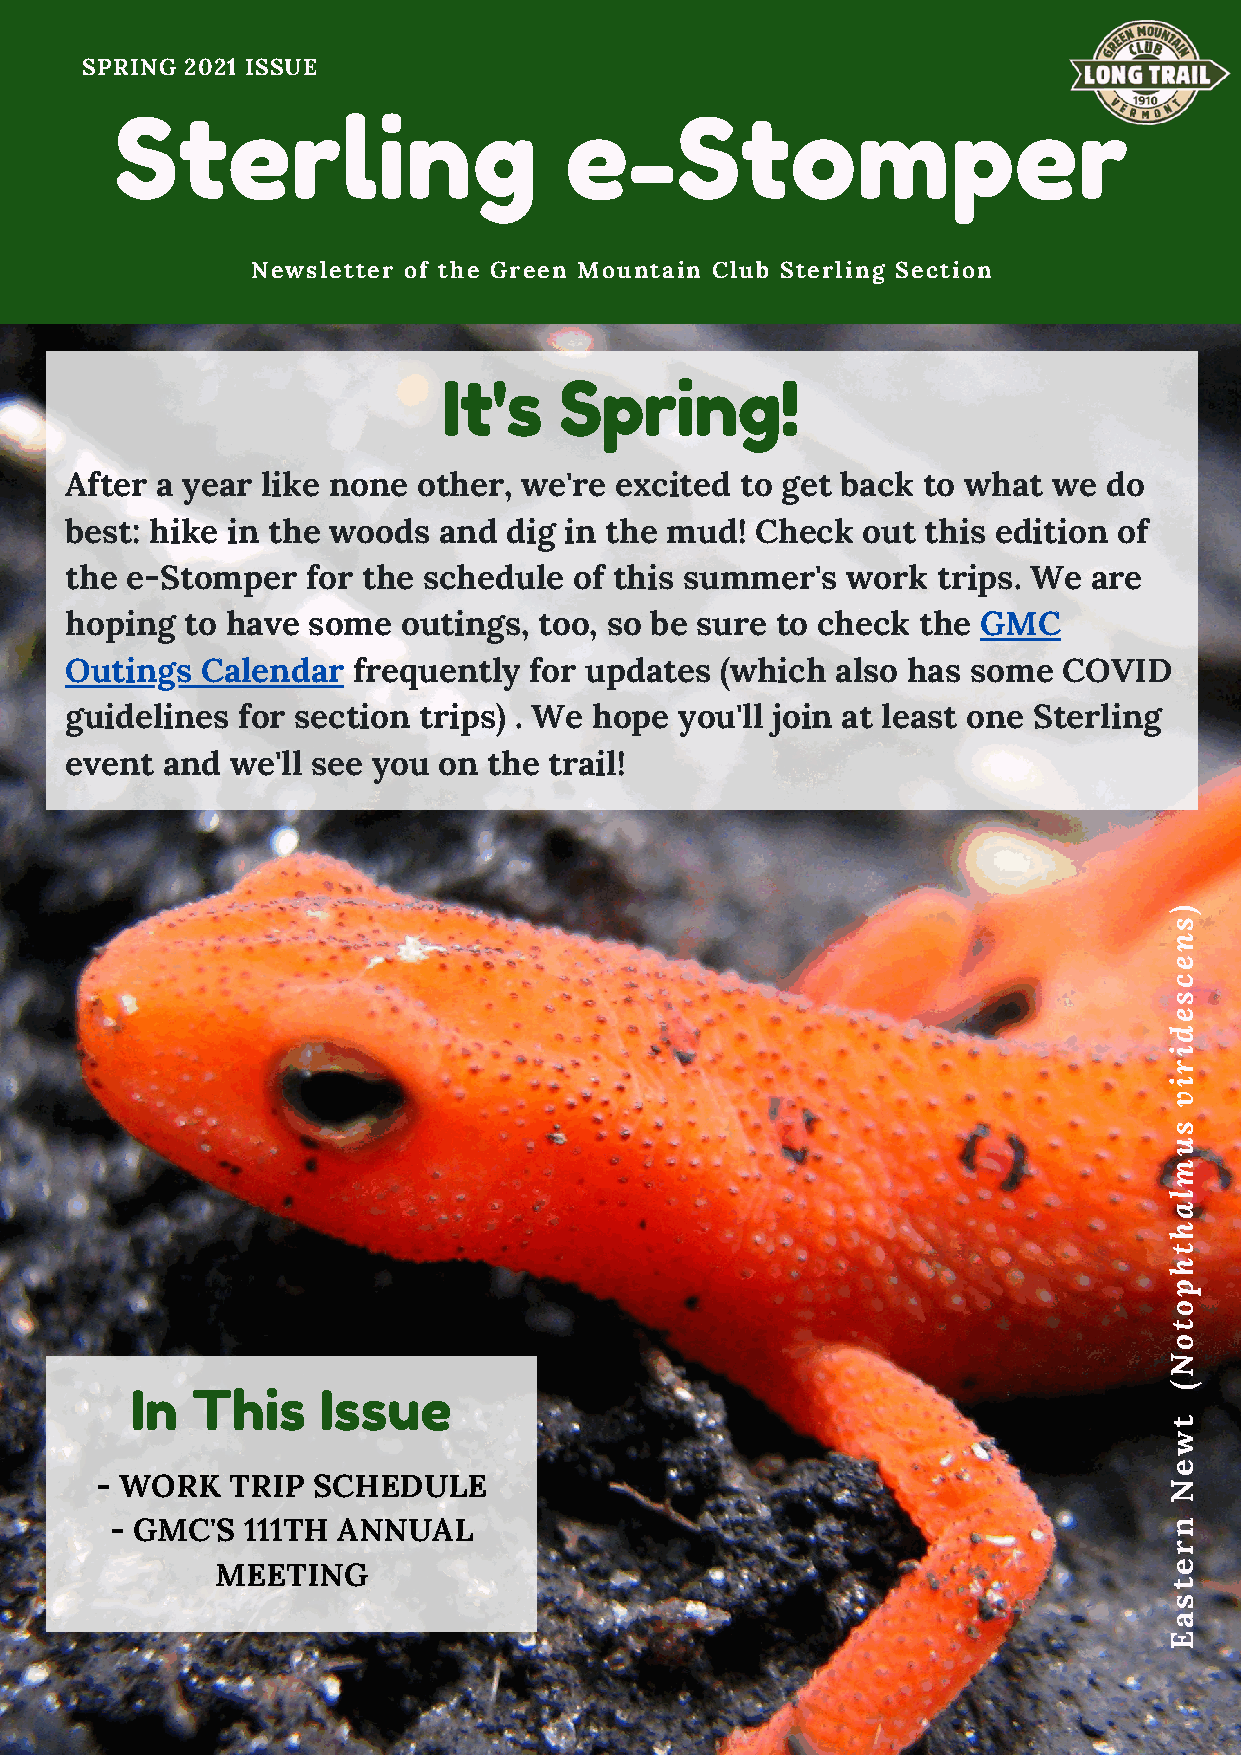
SPRING 2021 ISSUE
 Sterling                     e-Stomper
 Newsletter of the Green Mountain Club Sterling Section
 It's    Spring!
 After a year like none  other, we're excited to get back to what  we do
 best: hike in the woods  and  dig in the mud! Check  out this edition of
 the e-Stomper   for the schedule  of this summer's  work  trips. We are
 hoping  to have some   outings, too, so be sure to check the GMC
 Outings  Calendar  frequently  for updates  (which also has some  COVID
 guidelines  for section trips) . We hope you'll join at least one Sterling
 event  and we'll see you on the trail!
 )
 s
 n
 e
 c
 s
 e
 d
 i
 r
 i
 v
 s
 u
 m
 l
 a
 h
 t
 h
 p
 o
 t
 o
 N
 (
 In  This    Issue
 t
 w
 e
 - WORK   TRIP  SCHEDULE                                                N
 - GMC'S  111TH ANNUAL                                                 n
 r
 MEETING                                                        e
 t
 s
 a
 E